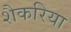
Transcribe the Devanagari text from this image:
शैकरिया